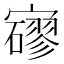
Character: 𡫱